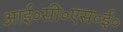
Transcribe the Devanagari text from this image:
आई॰सी॰एस॰ई॰